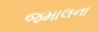
જમાલના